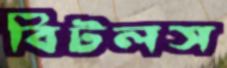
বিটলস